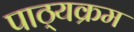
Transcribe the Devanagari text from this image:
पाठ्‍यक्रम